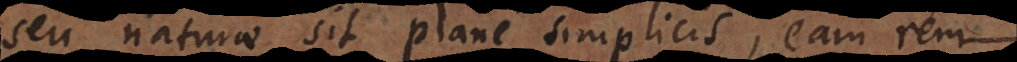
seu naturae sit plane simplicis, eam rem